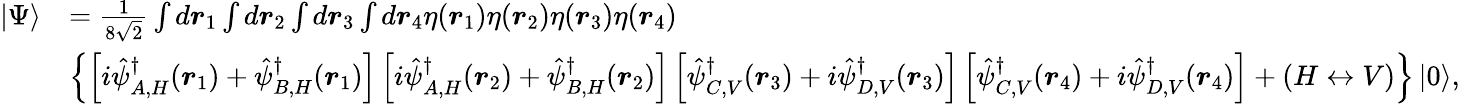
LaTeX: \begin{array}{rl}{|\Psi\rangle}&{=\frac{1}{8\sqrt{2}}\int d\boldsymbol{r}_{1}\int d\boldsymbol{r}_{2}\int d\boldsymbol{r}_{3}\int d\boldsymbol{r}_{4}\eta(\boldsymbol{r}_{1})\eta(\boldsymbol{r}_{2})\eta(\boldsymbol{r}_{3})\eta(\boldsymbol{r}_{4})}\\ &{\left\{ \left[i\hat{\psi}_{A,H}^{\dagger}(\boldsymbol{r}_{1})+\hat{\psi}_{B,H}^{\dagger}(\boldsymbol{r}_{1})\right]\left[i\hat{\psi}_{A,H}^{\dagger}(\boldsymbol{r}_{2})+\hat{\psi}_{B,H}^{\dagger}(\boldsymbol{r}_{2})\right]\left[\hat{\psi}_{C,V}^{\dagger}(\boldsymbol{r}_{3})+i\hat{\psi}_{D,V}^{\dagger}(\boldsymbol{r}_{3})\right]\left[\hat{\psi}_{C,V}^{\dagger}(\boldsymbol{r}_{4})+i\hat{\psi}_{D,V}^{\dagger}(\boldsymbol{r}_{4})\right]+(H\leftrightarrow V)\right\} \left|0\right\rangle,}\end{array}